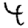
Digit: 4